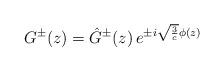
LaTeX: \begin{align*}G^{\pm}(z) = \hat G^{\pm}(z)\, e^{\pm i {\sqrt {{ 3 \over c}}} \phi(z) } \end{align*}